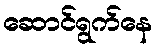
ဆောင်ရွက်နေ